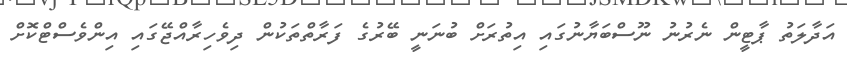
އަދާލަތު ޕާޓީން ނެރުނު ނޫސްބަޔާނުގައި އިތުރަށް ބުނަނީ ބޭރުގެ ފަރާތްތަކުން ދިވެހިރާއްޖޭގައި އިންވެސްޓްކޮށް